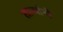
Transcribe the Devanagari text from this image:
तार्‍यांनी